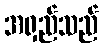
အရှည်သည်